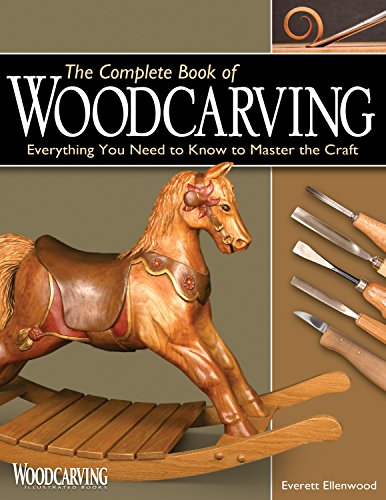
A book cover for Complete Book of Woodcarving: Everything You Need to Know to Master the Craft; Everett Ellenwood; Crafts, Hobbies & Home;